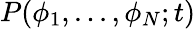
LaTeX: P(\phi_{1},...,\phi_{N};t)